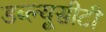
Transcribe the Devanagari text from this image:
डब्ल्यूसीटी